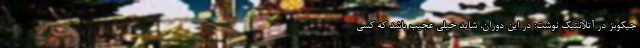
جیکوبز در آتلانتیک نوشت: در این دوران، شاید خیلی عجیب باشد که کسی